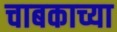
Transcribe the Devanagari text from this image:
चाबकाच्या